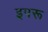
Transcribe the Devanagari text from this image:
इपरू